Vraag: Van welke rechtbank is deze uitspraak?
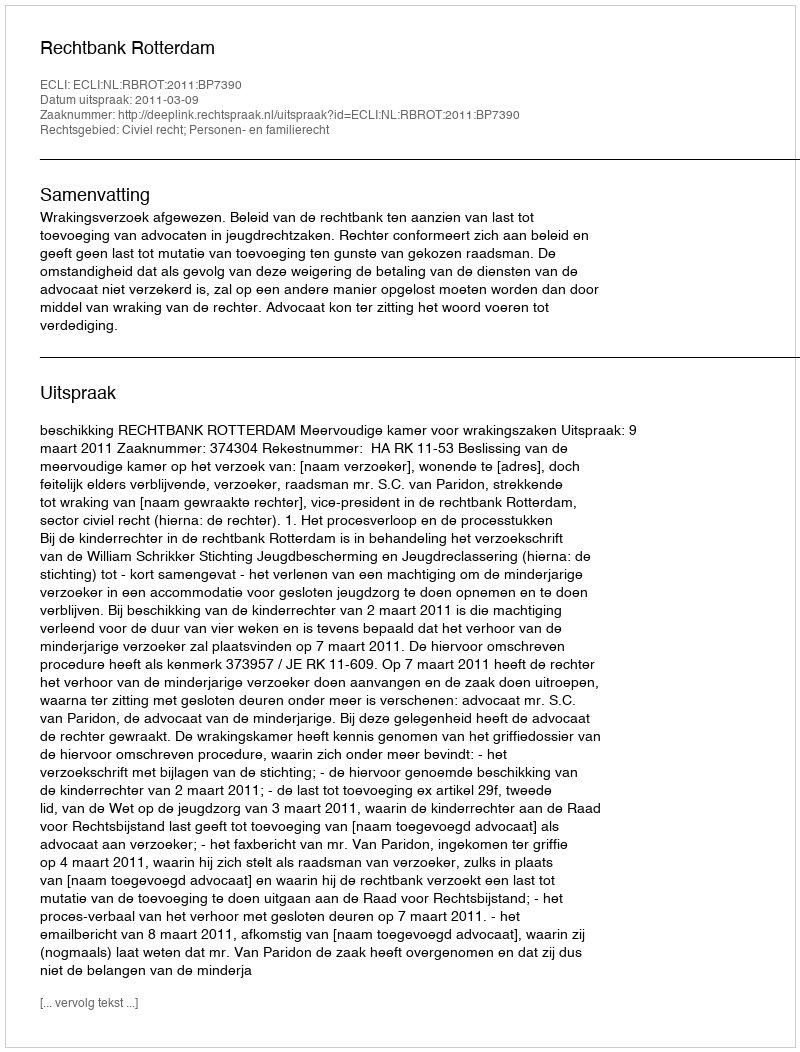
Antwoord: Rechtbank Rotterdam